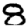
Digit: 8